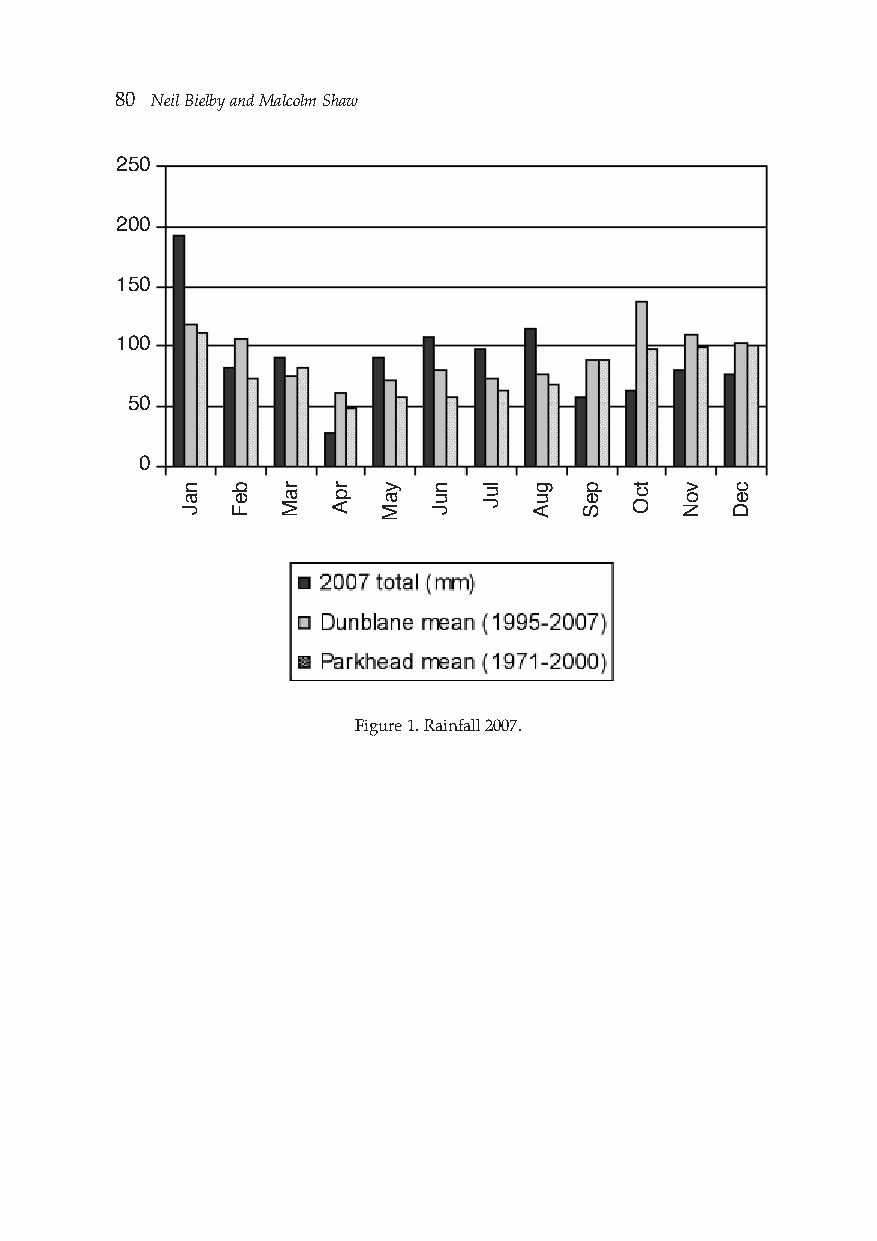
80 Neil Bielby and Malcolm Shaw
 250
 200
 150
 100
 50
 0
 Figure 1. Rainfall 2007.
 naJ beF raM rpA yaM nuJ luJ guA peS tcO voN ceD